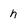
Character: h